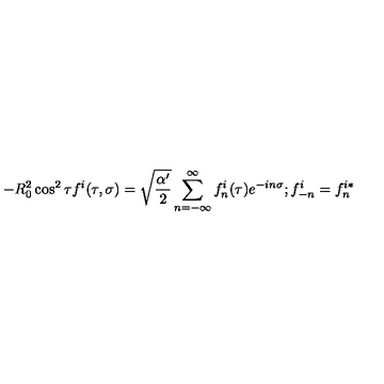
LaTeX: - R _ { 0 } ^ { 2 } \cos ^ { 2 } \tau f ^ { i } ( \tau , \sigma ) = \sqrt { \frac { \alpha ^ { \prime } } { 2 } } \sum _ { n = - \infty } ^ { \infty } f _ { n } ^ { i } ( \tau ) e ^ { - i n \sigma } ; f _ { - n } ^ { i } = f _ { n } ^ { i * }